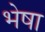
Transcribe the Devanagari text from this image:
भेषा